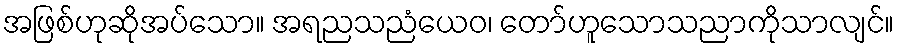
အဖြစ်ဟုဆိုအပ်သော။ အရညသညံယေဝ၊ တော်ဟူသောသညာကိုသာလျင်။